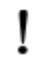
!